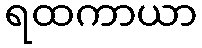
ရထကာယာ